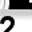
Digit: 2